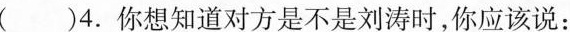
()4.你想知道对方是不是刘涛时，你应该说:：